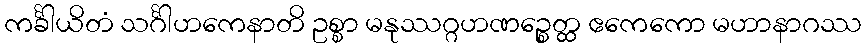
ကင်္ခါယိတံ သင်္ဂါဟကေနာတိ ဥစ္စာ မနုဿဂ္ဂဟဏဉ္စေတ္ထ ဧကေကော မဟာနာဂဿ